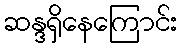
ဆန္ဒရှိနေကြောင်း